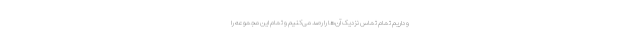
و داریم تمام تماس نزدیک آن‌ها را رصد می‌کنیم و تمام این مجموعه را